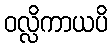
ဝလ္လိကာယပိ